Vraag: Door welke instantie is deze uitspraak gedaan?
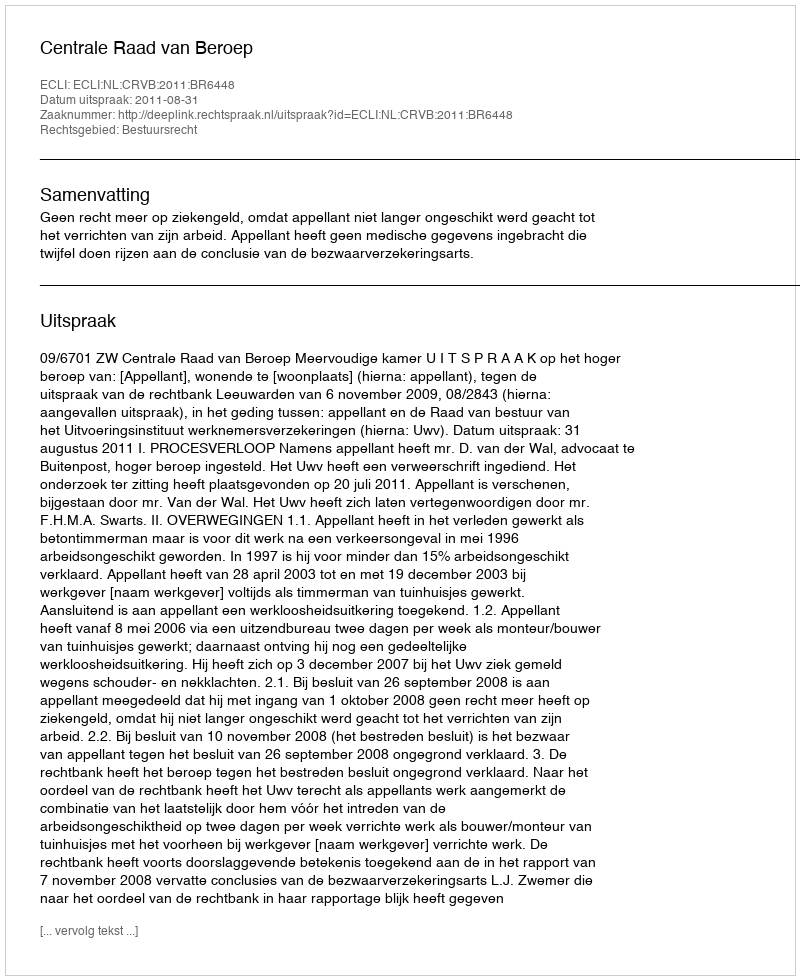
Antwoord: Centrale Raad van Beroep